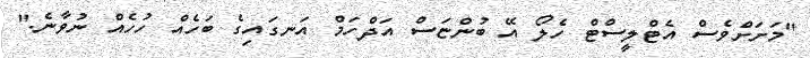
"މަށަށްވެސް އެޓްލީސްޓް ހެެލޯ އޭ ބުންޏަސް އަދްހަމް އަނގައިގެ ބަހެއް ހުހެއް ނުވާނެ."